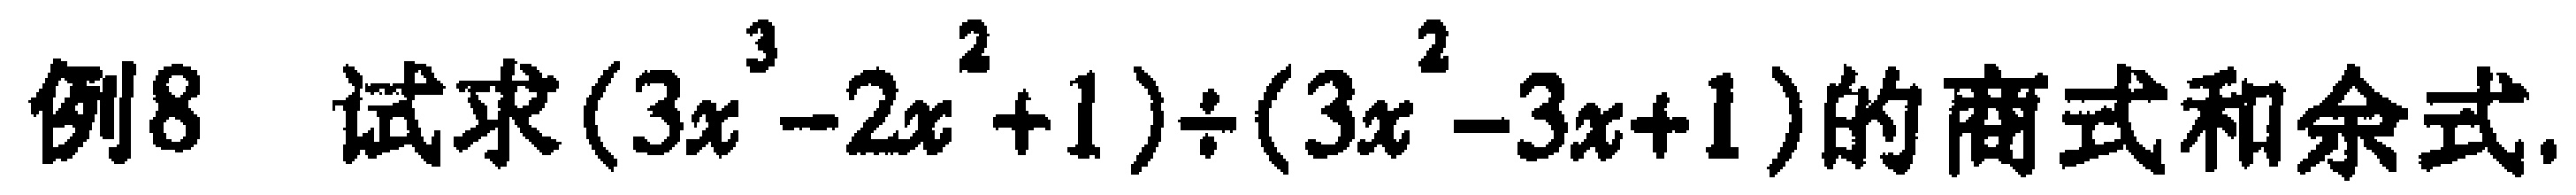
例8 试求\((3x^{3}-2x^{2}+1)\div(3x^{2}-3x + 1)\)的商式和余式.